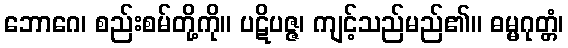
ဘောဂေ၊ စည်းစမ်တို့ကို။ ပဋိပဇ္ဇ၊ ကျင့်သည်မည်၏။ ဓမ္မဂုတ္တံ၊